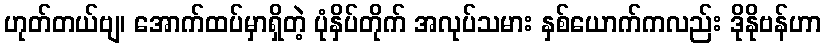
ဟုတ်တယ်ဗျ၊ အောက်ထပ်မှာရှိတဲ့ ပုံနှိပ်တိုက် အလုပ်သမား နှစ်ယောက်ကလည်း ဒိုနိုဗန်ဟာ